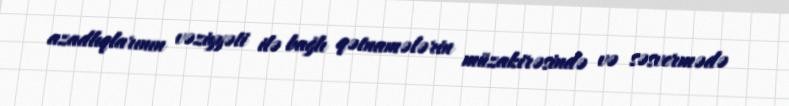
azadlıqlarının vəziyyəti ilə bağlı qətnamələrin müzakirəsində və səsvermədə